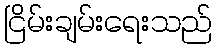
ငြိမ်းချမ်းရေးသည်